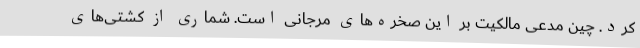
کرد. چین مدعی مالکیت بر این صخره‌های مرجانی است. شماری از کشتی‌های